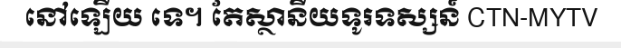
នៅឡើយ ទេ។ តែស្ថានីយទូរទស្សន៍ CTN-MYTV